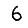
Digit: 6